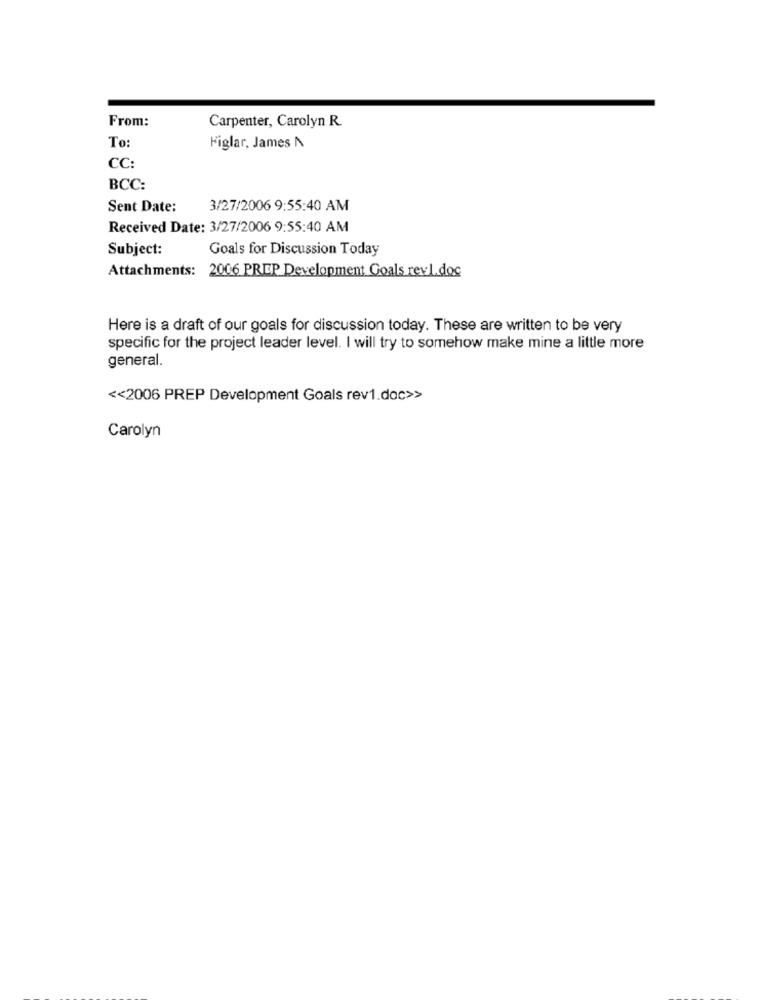
From:
Carpenter, Carolyn R.
To
Figlar, James A
CC:
BCC:
Sent Date:
3/27/2006 9:55:40 AM
Received Date: 3/27/2006 9:55:40 AM
Subject:
Goals for Discussion Today
Attachments: 2006 PREP Development Goals rev1. doc
Here is a draft of our goals for discussion today. These are written to be very
specific for the project leader level. I will try to somehow make mine a little more
general.
<< 2006 PREP Development Goals rev1.doc>>
Carolyn